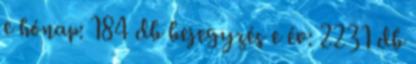
e hónap: 184 db bejegyzés e év: 2231 db